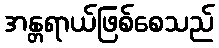
အန္တရာယ်ဖြစ်စေသည်